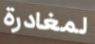
لمغادرة